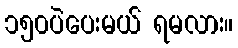
၁၅၀ပဲပေးမယ် ရမလား။